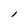
Character: l